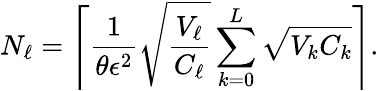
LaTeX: N_{\ell}=\Biggl\lceil\frac{1}{\theta\epsilon^{2}}\sqrt{\frac{V_{\ell}}{C_{\ell}}}\sum_{k=0}^{L}\sqrt{V_{k}C_{k}}\Biggr\rceil.